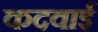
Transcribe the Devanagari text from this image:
कदवाई